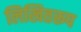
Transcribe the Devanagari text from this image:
लिखितरूप